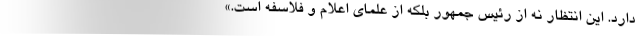
دارد. این انتظار نه از رئیس جمهور بلکه از علمای اعلام و فلاسفه است.»